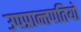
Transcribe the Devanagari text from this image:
उपप्रान्तपतियों